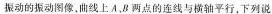
振动的振动图像，曲线上A，B两点的连线与横轴平行，下列说